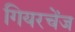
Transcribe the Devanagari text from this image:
गियरचेंज